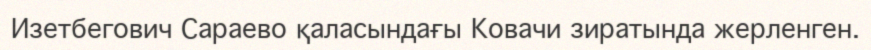
Изетбегович Сараево қаласындағы Ковачи зиратында жерленген.